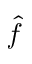
\hat { f }